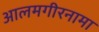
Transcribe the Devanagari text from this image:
आलमगीरनामा